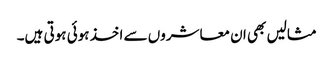
مثالیں بھی ان معاشروں سے اخذ ہوئی ہوتی ہیں۔